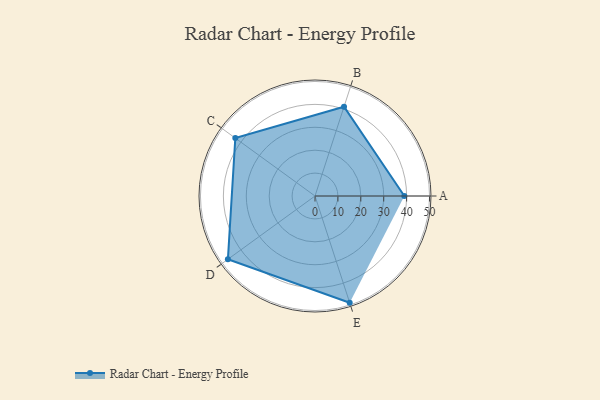
{"axis": {"x": "Skill", "y": "Score"}, "legend": ["Profile"], "data": [{"x": "A", "y": 39.0, "type": "Profile"}, {"x": "B", "y": 41.0, "type": "Profile"}, {"x": "C", "y": 43.0, "type": "Profile"}, {"x": "D", "y": 47.0, "type": "Profile"}, {"x": "E", "y": 49.0, "type": "Profile"}]}